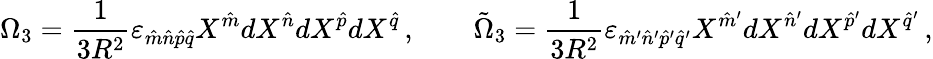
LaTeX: \Omega_{3}={\frac{1}{3R^{2}}}\varepsilon_{\hat{m}\hat{n}\hat{p}\hat{q}}X^{\hat{m}}dX^{\hat{n}}dX^{\hat{p}}dX^{\hat{q}}\, ,\qquad\tilde{\Omega}_{3}={\frac{1}{3R^{2}}}\varepsilon_{\hat{m}^{\prime}\hat{n}^{\prime}\hat{p}^{\prime}\hat{q}^{\prime}}X^{\hat{m}^{\prime}}dX^{\hat{n}^{\prime}}dX^{\hat{p}^{\prime}}dX^{\hat{q}^{\prime}}\, ,